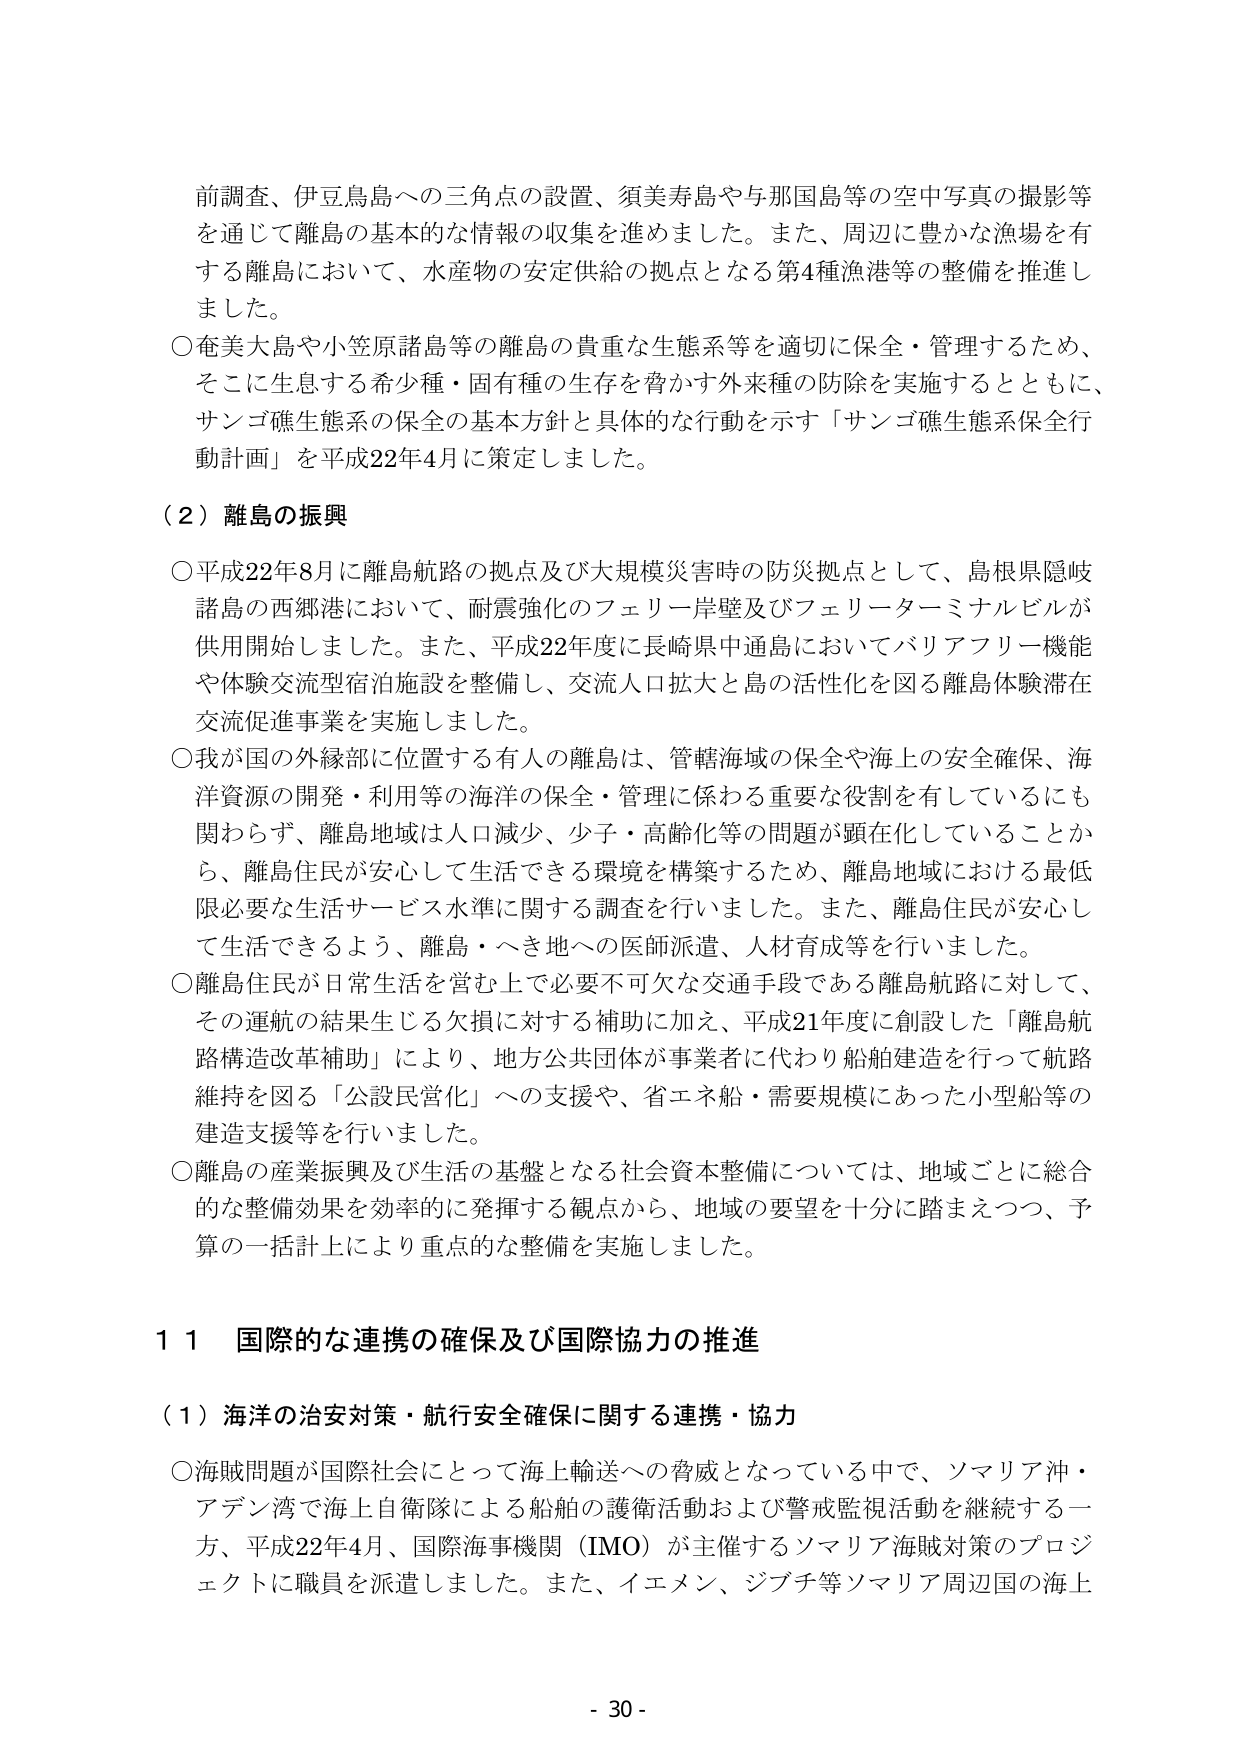
前調査、伊豆鳥島への三角点の設置、須美寿島や与那国島等の空中写真の撮影等を通じて離島の基本的な情報の収集を進めました。また、周辺に豊かな漁場を有する離島において、水産物の安定供給の拠点となる第4種漁港等の整備を推進しました。

〇奄美大島や小笠原諸島等の離島の貴重な生態系等を適切に保全・管理するため、そこに生息する希少種・固有種の生存を脅かす外来種の防除を実施するとともに、サンゴ礁生態系の保全の基本方針と具体的な行動を示す「サンゴ礁生態系保全行動計画」を平成22年4月に策定しました。

（２）離島の振興

〇平成22年8月に離島航路の拠点及び大規模災害時の防災拠点として、島根県隠岐諸島の西郷港において、耐震強化のフェリー岸壁及びフェリーターミナルビルが供用開始しました。また、平成22年度に長崎県中通島においてバリアフリー機能や体験交流型宿泊施設を整備し、交流人口拡大と島の活性化を図る離島体験滞在交流促進事業を実施しました。

〇我が国の外縁部に位置する有人の離島は、管轄海域の保全や海上の安全確保、海洋資源の開発・利用等の海洋の保全・管理に係わる重要な役割を有しているにも関わらず、離島地域は人口減少、少子・高齢化等の問題が顕在化していることから、離島住民が安心して生活できる環境を構築するため、離島地域における最低限必要な生活サービス水準に関する調査を行いました。また、離島住民が安心して生活できるよう、離島・へき地への医師派遣、人材育成等を行いました。

〇離島住民が日常生活を営む上で必要不可欠な交通手段である離島航路に対して、その運航の結果生じる欠損に対する補助に加え、平成21年度に創設した「離島航路構造改革補助」により、地方公共団体が事業者に代わり船舶建造を行って航路維持を図る「公設民営化」への支援や、省エネ船・需要規模にあった小型船等の建造支援等を行いました。

〇離島の産業振興及び生活の基盤となる社会資本整備については、地域ごとに総合的な整備効果を効率的に発揮する観点から、地域の要望を十分に踏まえつつ、予算の一括計上により重点的な整備を実施しました。

１１ 国際的な連携の確保及び国際協力の推進

（１）海洋の治安対策・航行安全確保に関する連携・協力

〇海賊問題が国際社会にとって海上輸送への脅威となっている中で、ソマリア沖・アデン湾で海上自衛隊による船舶の護衛活動および警戒監視活動を継続する一方、平成22年4月、国際海事機関（IMO）が主催するソマリア海賊対策のプロジェクトに職員を派遣しました。また、イエメン、ジブチ等ソマリア周辺国の海上

- 30 -